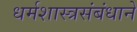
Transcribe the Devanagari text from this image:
धर्मशास्त्रसंबंधाने